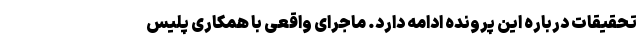
تحقیقات درباره این پرونده ادامه دارد. ماجرای واقعی با همکاری پلیس